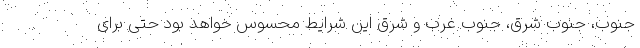
جنوب، جنوب شرق، جنوب غرب و شرق این شرایط محسوس خواهد بود حتی برای